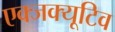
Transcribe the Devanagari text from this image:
एक्जक्यूटिव